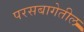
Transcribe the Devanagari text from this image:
परसबागेतील